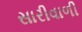
સારીવાળી